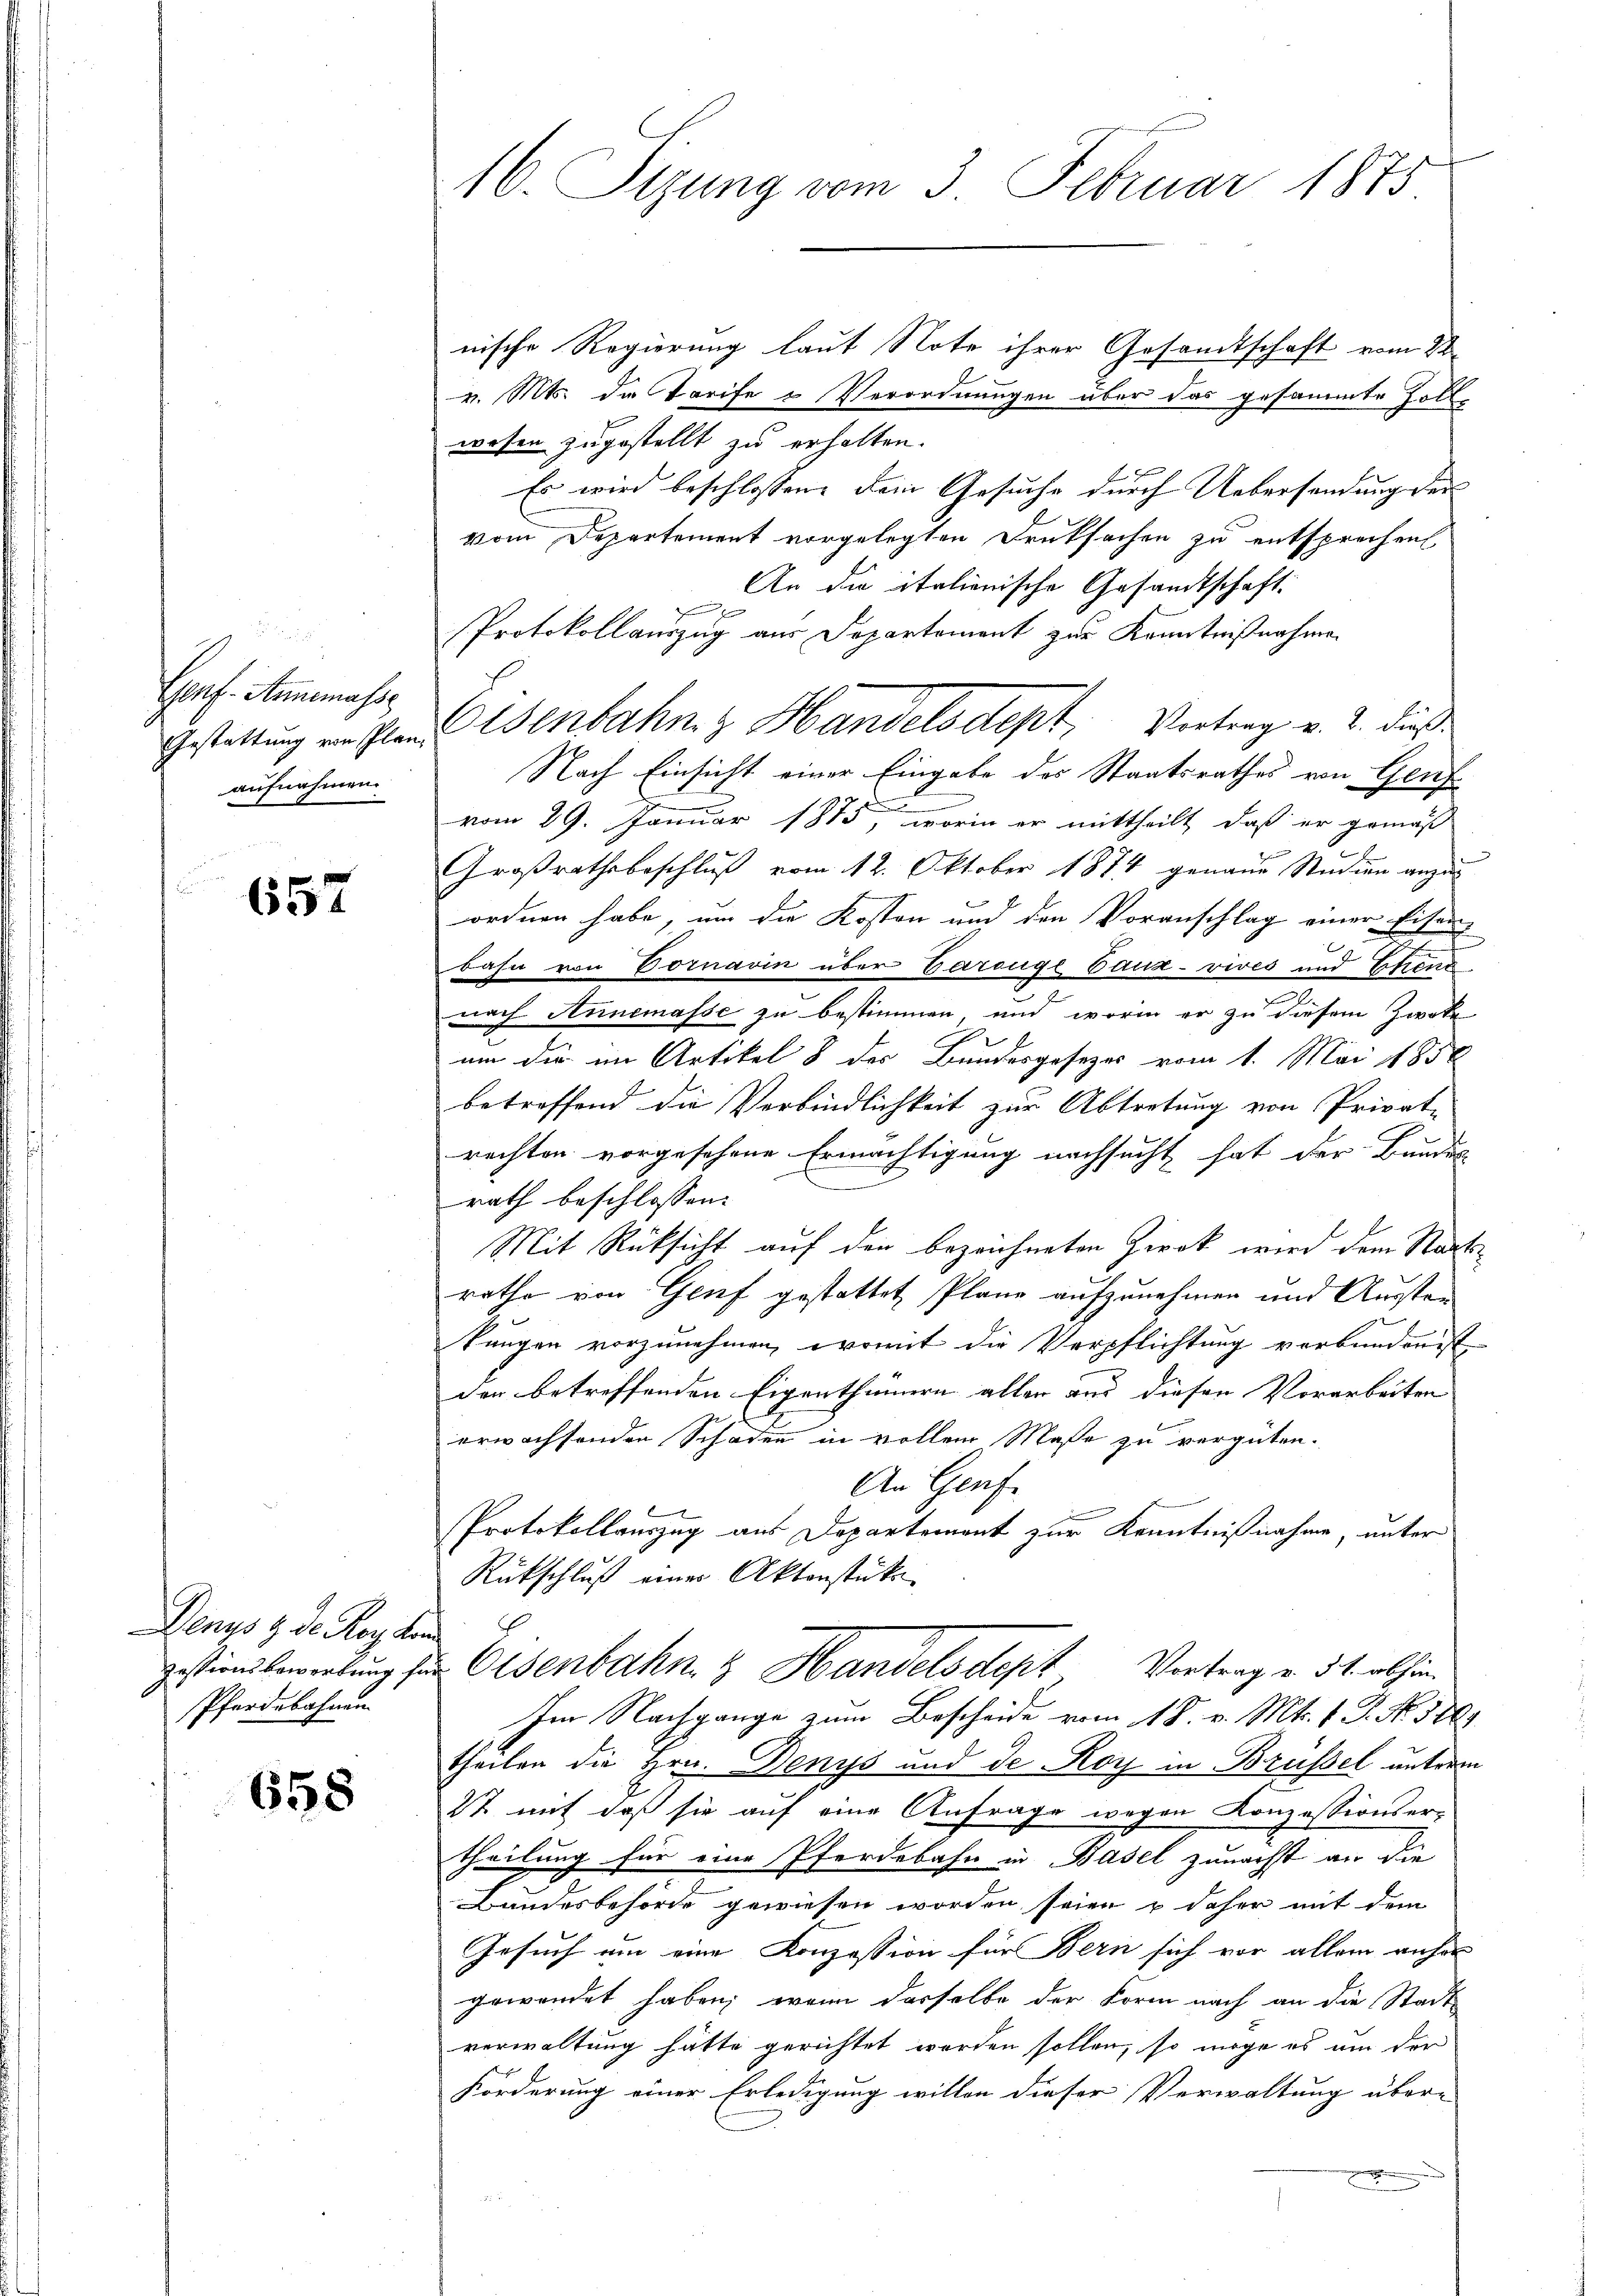
.
Genf. Annemasse
aufnahmen

657

Deny d. d. Bey den
Pferdebahnen.

658

16. Sizung vom 3. Februar 1875

nische Regierung laut Note ihrer Gesandtschaft vom 22.
v. Mts. die Tarife & Verordnungen über das gesammte Zollwesen zugestellt zu erhalten.
Es wird beschlossen, dem Gesuche durch Uebersendung der
vom Departement vorgelegten Druksachen zu entsprechen
An die italienische Gesandtschaft.

Protokollauszug aus Separtement zur Kenntnißnahme
Gestattung in Planenbahn z. Handelsdept, Vortrag v. 2. dies
Nach Einsicht einer Eingabe des Staatsrathes von Genf
n
vom 29. Januar 1875, worin er mittheilt, daß er gemäß
Großrathsbeschluß vom 12. Oktober 1874 genaue Studien anzuordnen habe, um die Kosten und den Voranschlag einer Eisenbahn von Vornavin über Garouge Vaux-vives und Ehrend
nach Annemasse zu bestimmen, und worin er zu diesem Zweke
um die im Artikel 8 des Bundesgesezes vom 1. Mai 1858
betreffend die Verbindlichkeit zur Abtretung von Privat-
rechten vorgesehene Ermächtigung nachsucht hat der Bundes
rath beschlossen:
Mit Rüksicht auf den bezeichneten Zweck wird dem Stadtrathe von Genf gestattet Plane aufzunehmen und Aussten
kungen vorzunehmen, womit die Verpflichtung verbunden ist
der betreffenden Eigenthümern aller und diesen Vorarbeiten
erwachsenden Schaden in vollem Maße zu vergüten.
An Genf
Protokollauszug aus Departemont zur Kenntnißnahme, unter
Rückschluß einer Aktenstücke
gestionsbewerbŭng zur Eisenbahn & Handelsdept Vortrag v. 31. abhin
Im Nachgange zum Bescheide vom 18. v. Mts. f. P. Nr. 3868
theilen die Hrn. Denys und de Roy in Brüssel unterm
22 mit daß sie auf eine Anfrage wegen Konzessionsertheilung für eine Pferdebahn in Basel zunächst an die
Bundesbehörde gewiesen worden seien & daher mit dem
Gesuch um eine Konzession für Bern sich vor allem anher
gewendet haben; wenn dasselbe der Form nach an die Stadt
verwaltung hätte gerichtet worden sollen, so möge es um der
Förderung einer Erledigung willen dieser Verwaltung über-